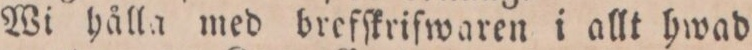
Wi hålla med brefſkrifwaren i allt hwad